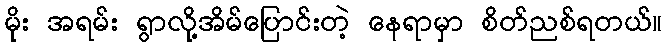
မိုး အရမ်း ရွာလို့အိမ်ပြောင်းတဲ့ နေရာမှာ စိတ်ညစ်ရတယ်။